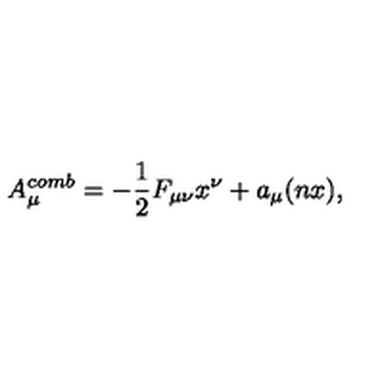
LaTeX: A \sb { \mu } \sp { c o m b } = - \frac { 1 } { 2 } F \sb { \mu \nu } x \sp { \nu } + a \sb { \mu } ( n x ) ,